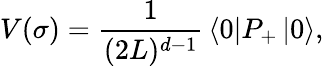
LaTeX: V(\sigma)={\frac{1}{(2L)^{d-1}}}\left\langle 0\right\vert P_{+}\left\vert 0\right\rangle,